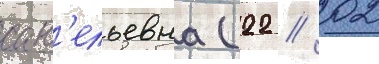
сав'ельевна (22 // 02